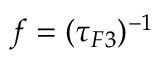
f = ( \tau _ { F 3 } ) ^ { - 1 }